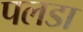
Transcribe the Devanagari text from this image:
पलडा